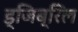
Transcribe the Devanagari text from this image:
ड्जिब्रिल